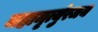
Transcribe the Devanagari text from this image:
महामृत्युंरजय